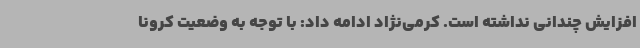
افزایش چندانی نداشته است. کرمی‌نژاد ادامه داد: با توجه به وضعیت کرونا